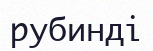
рубинді